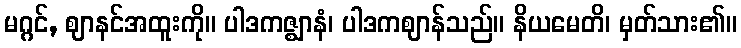
မဂ္ဂင်, ဈာနင်အထူးကို။ ပါဒကဇ္ဈာနံ၊ ပါဒကဈာန်သည်။ နိယမေတိ၊ မှတ်သား၏။